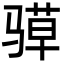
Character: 𮪤